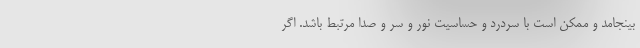
بینجامد و ممکن است با سردرد و حساسیت نور و سر و صدا مرتبط باشد. اگر